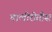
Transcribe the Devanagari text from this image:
चालीरीतीस